Annual report of the Punjab Veterinary College and of the Civil Veterinary Department, Punjab - 1926-1932
Year: 1926
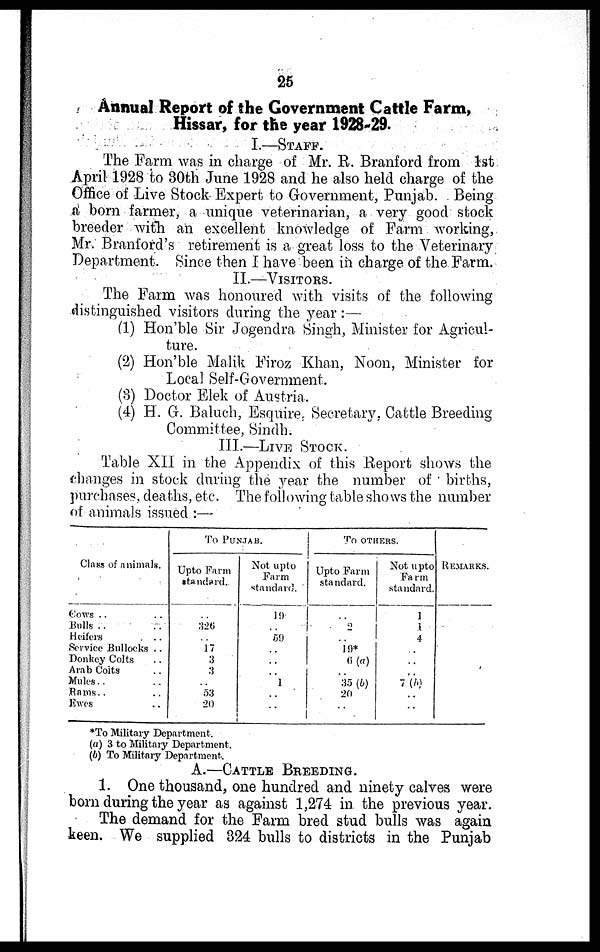
25
Annual Report of the Government Cattle Farm,
Hissar, for the year 1928-29.
I.—STAFF
The Farm was in charge of Mr. R. Branford from 1st
April 1928 to 30th June 1928 and he also held charge of the
Office of Live Stock Expert to Government, Punjab. Being
a born farmer, a unique veterinarian, a very good stock
breeder with an excellent knowledge of Farm working,
Mr. Branford's retirement is a great loss to the Veterinary
Department. Since then I have been in charge of the Farm.
II.—VISITORS.
The Farm was honoured with visits of the following
distinguished visitors during the year :—
(1) Hon'ble Sir Jogendra Singh, Minister for Agricul-
ture.
(2) Hon'ble Malik Firoz Khan, Noon, Minister for
Local Self-Government.
(3) Doctor Elek of Austria.
(4) H. G. Baluch, Esquire, Secretary. Cattle Breeding
Committee, Sindh.
III.—LIVE STOCK
Table XII in the Appendix of this Report shows the
changes in stock during the year the number of births,
purchases, deaths, etc. The following table shows the number
of animals issued :—
Class of animals.
Cows .. ..
Bulls .. ..
Heifers ..
Service Bullocks . .
Donkey Colts
Arab Colts ..
Mules .. ..
Rams .. ..
Ewes ..
To
PUNJAB
Upto Farm
standard.
..
326
..
17
3
3
..
53
20
Not upto
Farm
standard.
19
..
59
..
..
..
1
..
..
TO OTHERS.
Upto Farm
standard.
..
2
..
10*
6 (a)
..
35 (b)
20
..
Not upto
Farm
standard.
1
1
4
..
..
..
7 (b)
..
..
REMARKS.
*To Military Department.
(a) 3 to Military Department.
(b) To Military Department.
A.—CATTLE BREEDING
1. One thousand, one hundred and ninety calves were
born during the year as against 1,274 in. the previous year.
The demand for the Farm bred stud bulls was again
keen. We supplied 324 bulls to districts in the Punjab